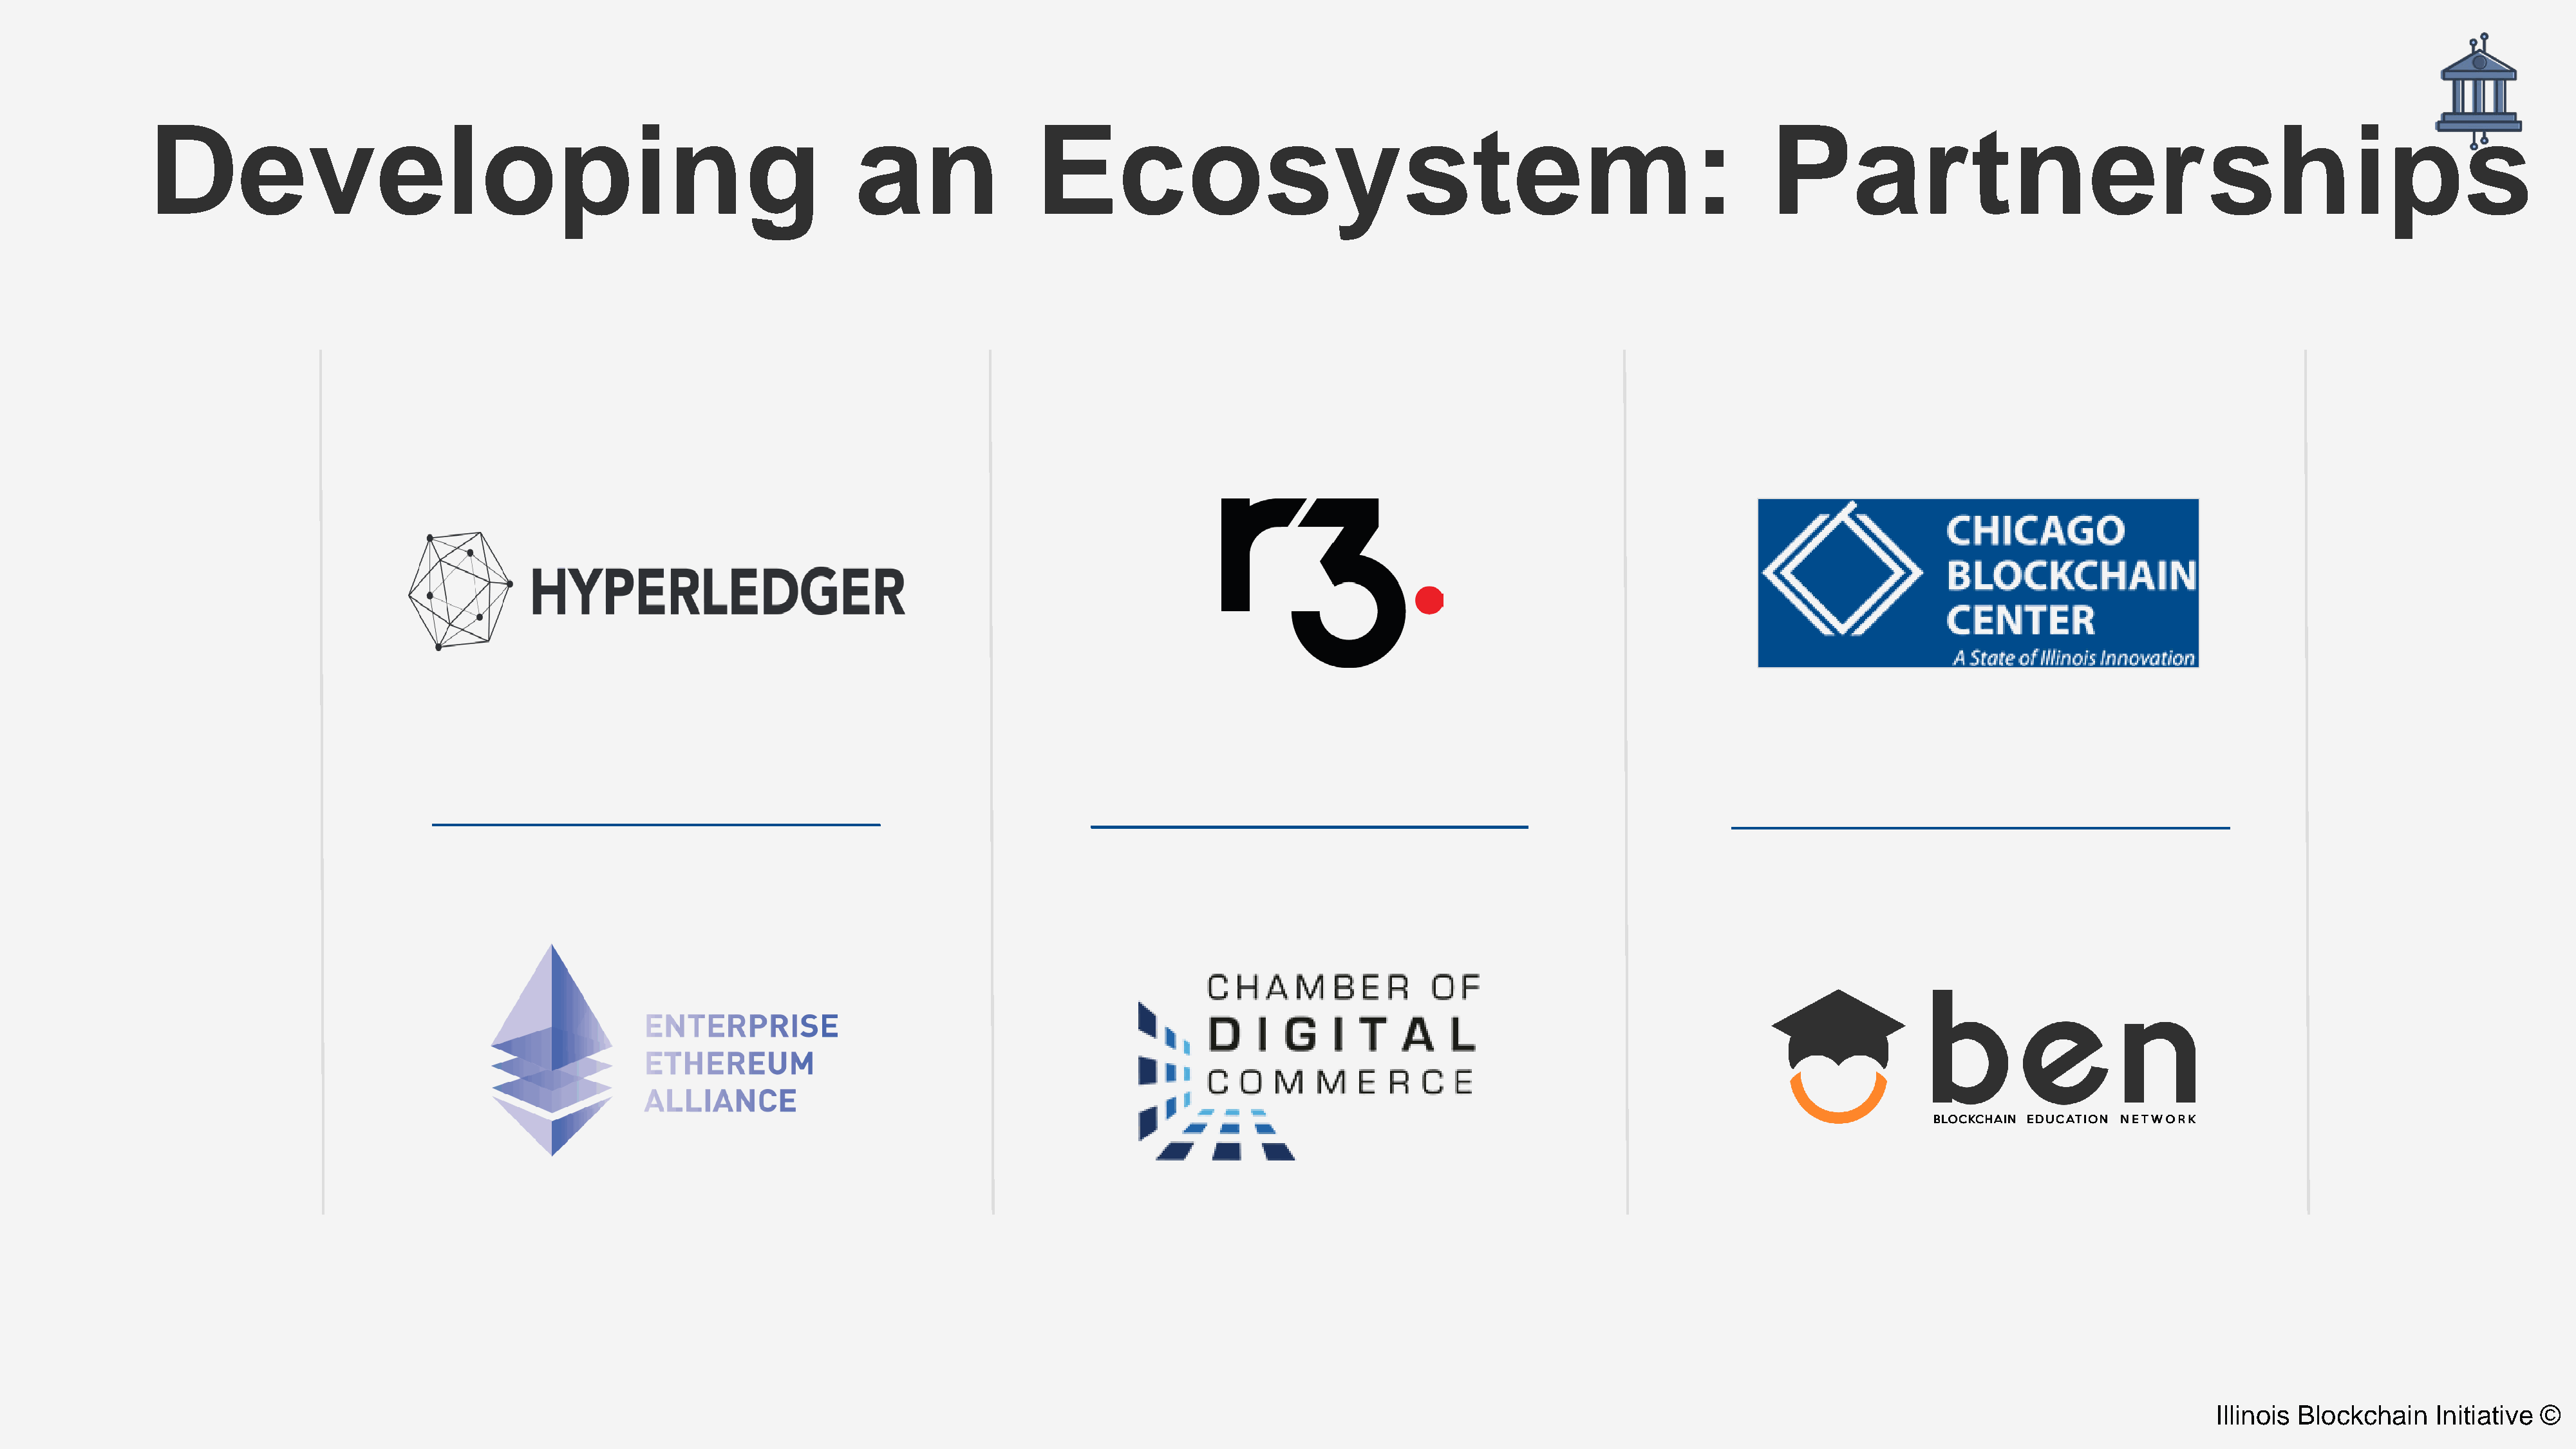
Developing                                                               an                Ecosystem:                                                                  Partnerships
 Illinois Blockchain   Initiative ©